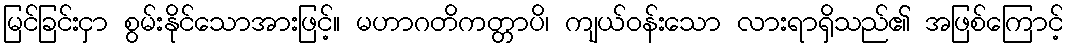
မြင်ခြင်းငှာ စွမ်းနိုင်သောအားဖြင့်။ မဟာဂတိကတ္တာပိ၊ ကျယ်ဝန်းသော လားရာရှိသည်၏ အဖြစ်ကြောင့်